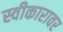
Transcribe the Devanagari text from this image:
स्वीकारावर